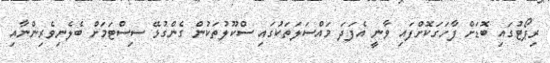
ރިޕޯޓުގައި ބޮޑަށް ފާހަގަކޮށްފައި ވާނީ އެފަދަ މައްސަލަތަކުގައި ސްކޫލުތަކުން ގެންގުޅޭ ސިސްޓަމަށް ބެލެނިވެރިންނާއި